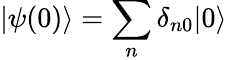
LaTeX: |\psi(0)\rangle=\sum_{n}\delta_{n0}|0\rangle